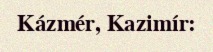
Kázmér, Kazimír: